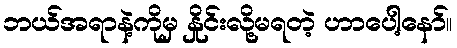
ဘယ်အရာနဲ့ကိုမှ နှိုင်းလို့မရတဲ့ ဟာပေါ့နော်။